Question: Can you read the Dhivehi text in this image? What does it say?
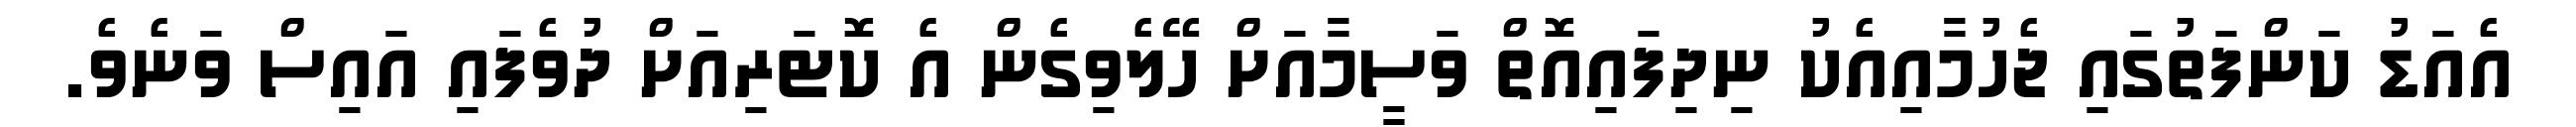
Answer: އެއަޑު ކަންފަތުގައި ޖެހުމާއިއެކު ނިދިފައިއޮތް ވަސީމާއަށް ހޭލެވިގެން އެ ކޮޓަރިއަށް ދުވެފައި އައިސް ވަނެވެ.